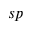
s p